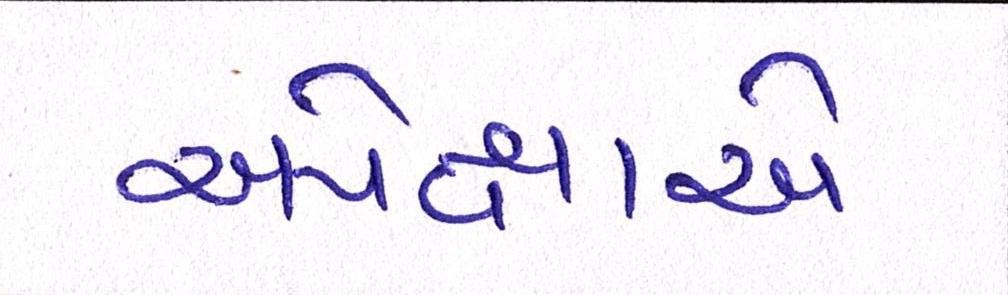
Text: અપેક્ષાએ